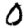
Digit: 0